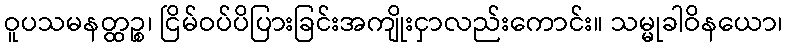
ဝူပသမနတ္ထဉ္စ၊ ငြိမ်ဝပ်ပိပြားခြင်းအကျိုးငှာလည်းကောင်း။ သမ္မုခါဝိနယော၊